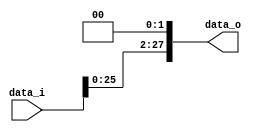

module Shift_Left_Two_28(
    data_i,
    data_o
    );

//I/O ports
input [28-1:0] data_i;
output [28-1:0] data_o;

assign data_o = data_i << 2;

endmodule